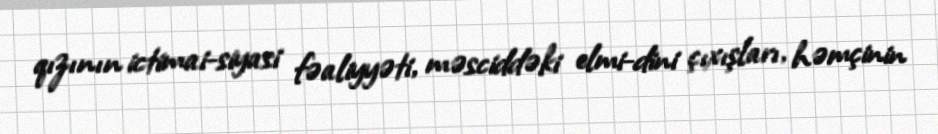
qızının ictimai-siyasi fəaliyyəti, məsciddəki elmi-dini çıxışları, həmçinin